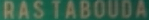
RAS TABOUDEA